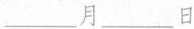
___月___日